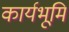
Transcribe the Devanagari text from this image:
कार्यभूमि